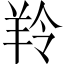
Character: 羚